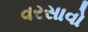
વરસાવો